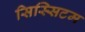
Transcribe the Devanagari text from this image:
सिस्सिटम